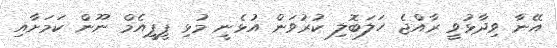
އޭނާ ވިދާޅުވީ ރާއްޖެ ހަލަބޮލި ކުރުވަން އުޅެނީ މުޅި ޕީޕީއެމް ނޫން ކަމަށާއި